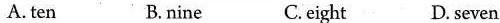
A. ten B. nine C. eight D. seven